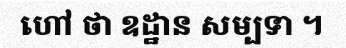
ហៅ ថា ឧដ្ឋាន សម្បទា ។